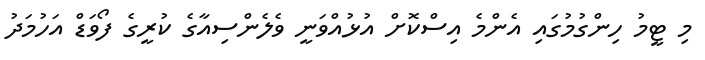
މި ޓީމު ހިންގުމުގައި އެންމެ އިސްކޮށް އުޅުއްވަނީ ވެލެންސިއާގެ ކުރީގެ ފޯވަޑް އަހުމަދު